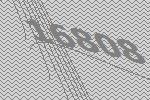
16808